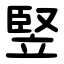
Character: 竪